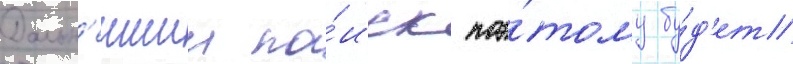
Дальн'еишии по́иск поэ́тому бу́д'ет